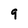
Character: 9